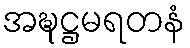
အဍ္ဎဋ္ဌမရတနံ